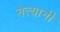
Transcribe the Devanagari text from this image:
नेत्यानी